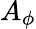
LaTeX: A_{\phi}